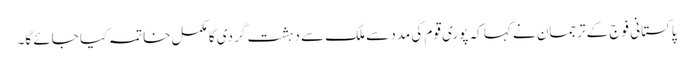
پاکستانی فوج کے ترجمان نے کہا کہ پوری قوم کی مدد سے ملک سے دہشت گردی کا مکمل خاتمہ کیا جائے گا۔